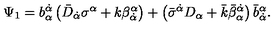
\Psi _ { 1 } = b _ { \alpha } ^ { \dot { \alpha } } \left( \bar { D } _ { \dot { \alpha } } \sigma ^ { \alpha } + k \beta _ { \dot { \alpha } } ^ { \alpha } \right) + \left( \bar { \sigma } ^ { \dot { \alpha } } D _ { \alpha } + \bar { k } \bar { \beta } _ { \alpha } ^ { \dot { \alpha } } \right) \bar { b } _ { \dot { \alpha } } ^ { \alpha } .